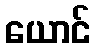
ယောင်